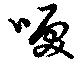
唳